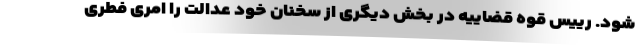
شود. رییس قوه قضاییه در بخش دیگری از سخنان خود عدالت را امری فطری